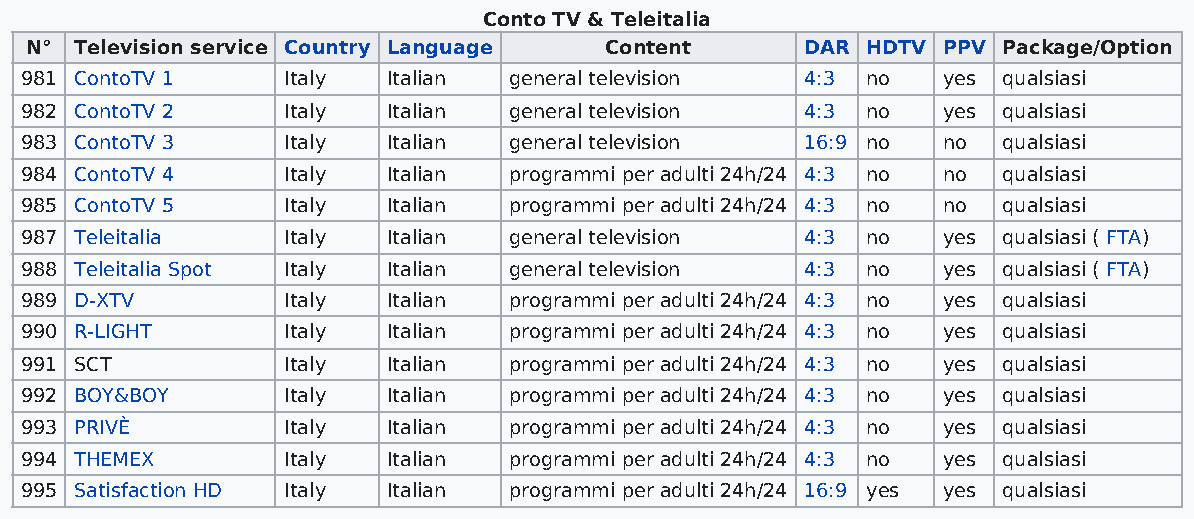
Conto TV & Teleitalia
 N° Television service Country Language Content     DAR HDTV PPV Package/Option
 981 ContoTV 1     Italy  Italian general television 4:3 no   yes qualsiasi
 982 ContoTV 2     Italy  Italian general television 4:3 no   yes qualsiasi
 983 ContoTV 3     Italy  Italian general television 16:9 no  no  qualsiasi
 984 ContoTV 4     Italy  Italian programmi per adulti 24h/24 4:3 no no qualsiasi
 985 ContoTV 5     Italy  Italian programmi per adulti 24h/24 4:3 no no qualsiasi
 987 Teleitalia    Italy  Italian general television 4:3 no   yes qualsiasi ( FTA)
 988 Teleitalia Spot Italy Italian general television 4:3 no  yes qualsiasi ( FTA)
 989 D-XTV         Italy  Italian programmi per adulti 24h/24 4:3 no yes qualsiasi
 990 R-LIGHT       Italy  Italian programmi per adulti 24h/24 4:3 no yes qualsiasi
 991 SCT           Italy  Italian programmi per adulti 24h/24 4:3 no yes qualsiasi
 992 BOY&BOY       Italy  Italian programmi per adulti 24h/24 4:3 no yes qualsiasi
 993 PRIVÈ         Italy  Italian programmi per adulti 24h/24 4:3 no yes qualsiasi
 994 THEMEX        Italy  Italian programmi per adulti 24h/24 4:3 no yes qualsiasi
 995 Satisfaction HD Italy Italian programmi per adulti 24h/24 16:9 yes yes qualsiasi